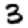
Digit: 3